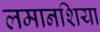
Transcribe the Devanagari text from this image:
लमानशिया